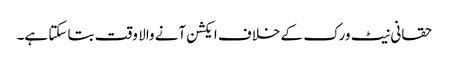
حقانی نیٹ ورک کے خلاف ایکشن آنے والا وقت بتا سکتا ہے۔